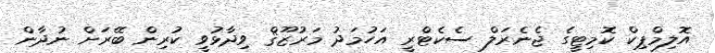
އޮލިމްޕިކް ކޮމިޓީގެ ޖެނެރަލް ސެކެޓްރީ އަހުމަދު މަރުޒޫޤް ވިދާޅުވީ ކުރިން ބޭރަށް ނުދާން